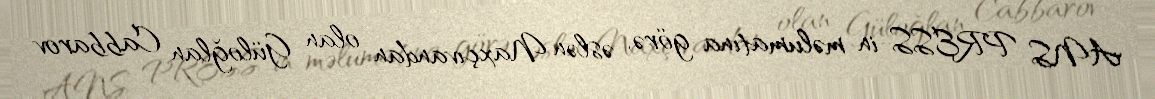
ANS PRESS-in məlumatına görə, əslən Naxçıvandan olan Güloğlan Cabbarov